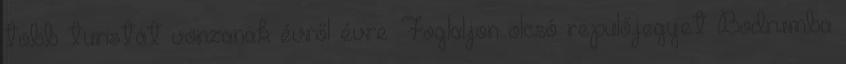
több turistát vonzanak évről évre. Foglaljon olcsó repülőjegyet Bodrumba